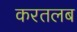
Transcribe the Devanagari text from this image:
करतलब